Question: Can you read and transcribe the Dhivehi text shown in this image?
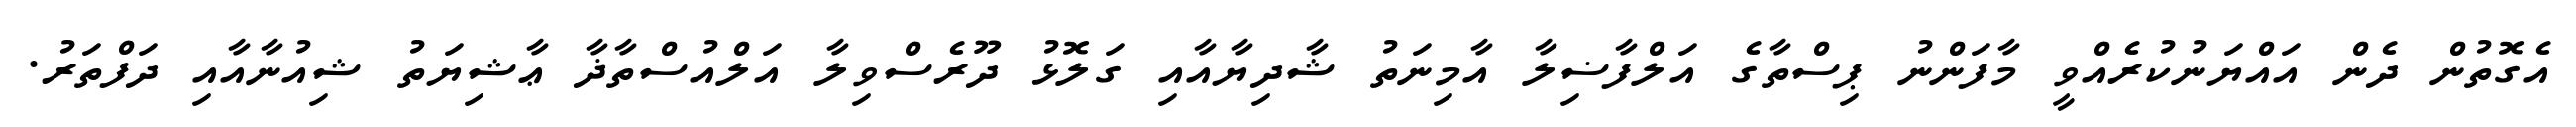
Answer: އެގޮތުން ދެން އައްޔަނުކުރެއްވީ މާފަންނު ޕިސްތާގެ އަލްފާޟިލާ އާމިނަތު ޝާދިޔާއާއި ގަލޮޅު ދޫރެސްވިލާ އަލްއުސްތާޛާ ޢާޝިޔަތު ޝިއުނާއާއި ދަފްތަރު.